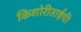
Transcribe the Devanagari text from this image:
किशोरीताईंची